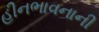
હીનભાવનાની